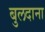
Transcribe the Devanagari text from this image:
बुलदाना